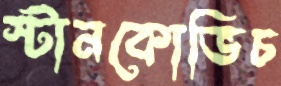
স্টানকোভিচ